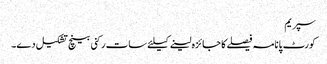
سپریم
کورٹ پانامہ فیصلے کا جائزہ لینے کیلئے سات رکنی بینچ تشکیل دے۔